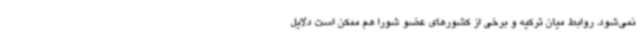
نمی‌شود. روابط میان ترکیه و برخی از کشورهای عضو شورا هم ممکن است دلایل